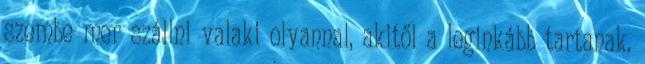
szembe mer szállni valaki olyannal, akitől a leginkább tartanak.